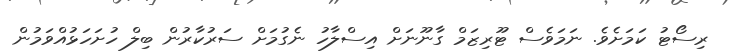
ރިސޯޓު ކަމަށެވެ. ނަމަވެސް ޓޫރިޒަމް ގާނޫނަށް އިސްލާހު ނެގުމަށް ސަރުކާރުން ބިލް ހުށަހަޅުއްވަމުން